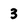
Character: 3